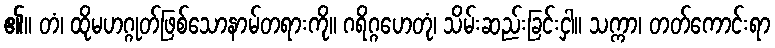
၏။ တံ၊ ထိုမဟဂ္ဂုတ်ဖြစ်သောနာမ်တရားကို။ ဂရိဂ္ဂဟေတုံ၊ သိမ်းဆည်းခြင်းငှါ။ သက္ကာ၊ တတ်ကောင်းရာ